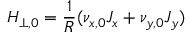
H _ { \perp , 0 } = \frac { 1 } { R } ( \nu _ { x , 0 } J _ { x } + \nu _ { y , 0 } J _ { y } )